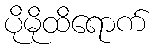
ပိုမိုထိရောက်